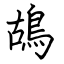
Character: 鴣